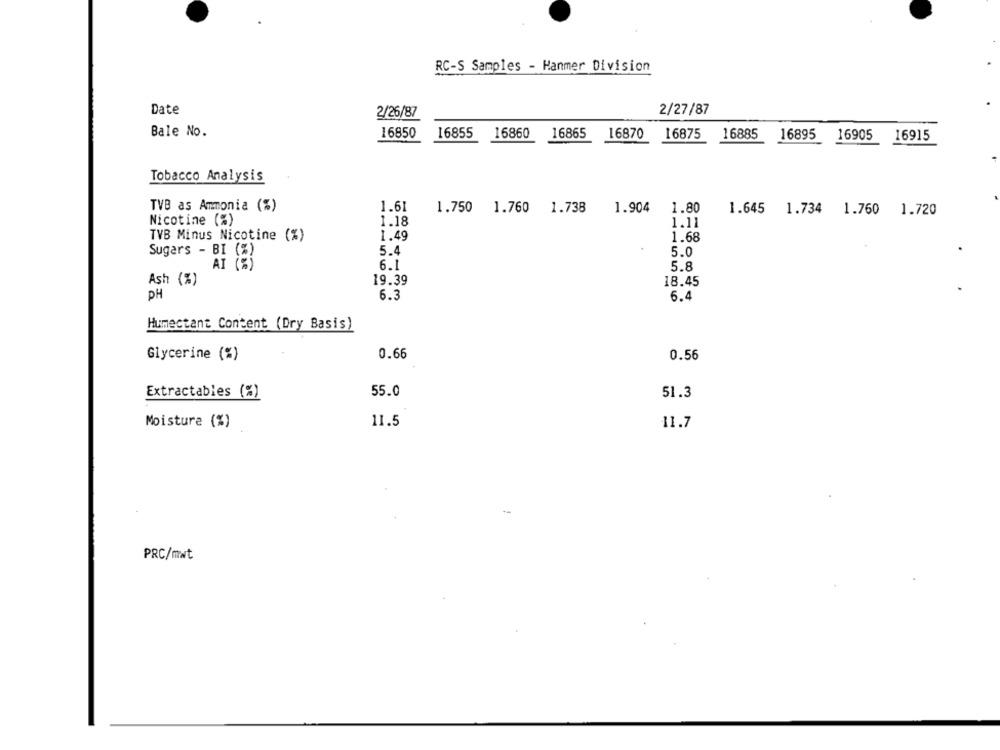
RC-S Samples - Hanmer Division
Date
2/27/87
2/26/87
Bale No.
16850
16855
16860
16865
16870
16875
16885
16895
16905
16915
Tobacco Analysis
TVB as Ammonia (%)
1.61
1.750 1.760 1.738
1.904
1.80
1.645
1.734 1.760 1.720
Nicotine (%)
1.18
1.11
TVB Minus Nicotine (%)
1.49
1.68
Sugars - BI (%)
5.4
5.0
AI (%)
6.1
5.8
Ash (%)
19.39
18.45
PH
6.3
6.4
Humectant Content (Dry Basis)
Glycerine (%)
0.66
0.56
Extractables (%)
55.0
51.3
Moisture (%)
11.5
11.7
PRC/mwt